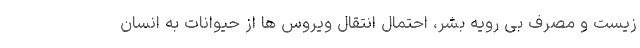
زیست و مصرف بی رویه بشر، احتمال انتقال ویروس ها از حیوانات به انسان